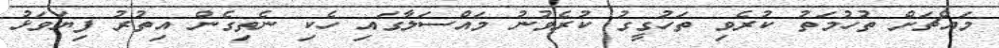
މައްޗަށް ތުހުމަތު ކުރެވި ތަހުގީގު ކުރެވުނު މައްސަލާގައި ހެކި ނެތިގެން އިތުރު ފިޔަވަޅު